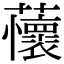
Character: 蘹